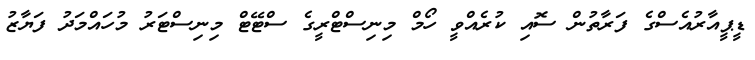
ޑީޕީއާރުއެސްގެ ފަރާތުން ސޮއި ކުރެއްވީ ހޯމް މިނިސްޓްރީގެ ސްޓޭޓް މިނިސްޓަރު މުހައްމަދު ފަޔާޒު